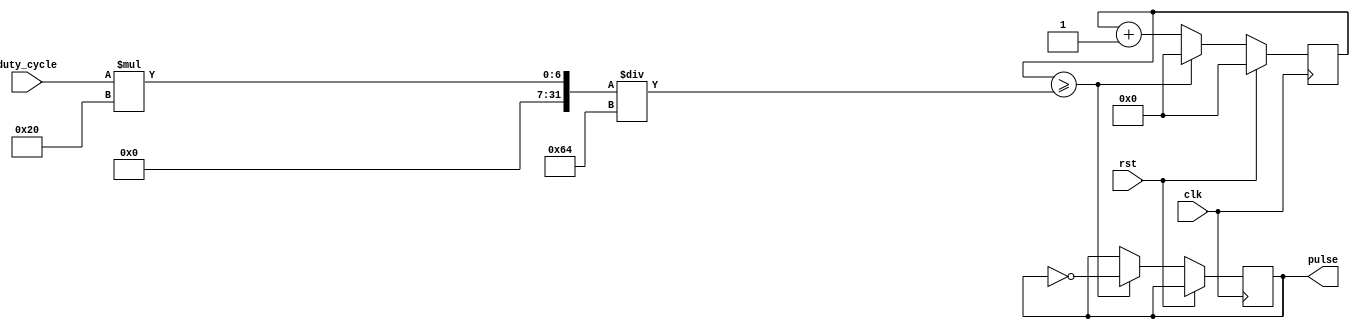
module duty_cycle_pulse_generator (
    input wire clk,
    input wire rst,
    input wire duty_cycle,
    output reg pulse
);

reg [31:0] counter;
reg [31:0] threshold;

always @(posedge clk) begin
    if (rst) begin
        counter <= 0;
    end 
    else begin
        counter <= counter + 1;
        if (counter >= threshold) begin
            pulse <= ~pulse;
            counter <= 0;
        end
    end
end

always @(*) begin
    threshold = (duty_cycle * 32) / 100;
end

endmodule